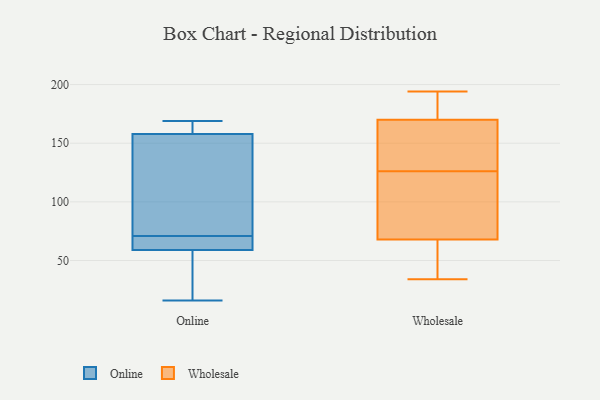
{"axis": {"x": "Shipments", "y": "Value"}, "legend": ["Online", "Wholesale"], "data": [{"x": "", "y": 71, "type": "Online"}, {"x": "", "y": 157, "type": "Online"}, {"x": "", "y": 160, "type": "Online"}, {"x": "", "y": 113, "type": "Online"}, {"x": "", "y": 16, "type": "Online"}, {"x": "", "y": 16, "type": "Online"}, {"x": "", "y": 65, "type": "Online"}, {"x": "", "y": 59, "type": "Online"}, {"x": "", "y": 102, "type": "Online"}, {"x": "", "y": 168, "type": "Online"}, {"x": "", "y": 169, "type": "Online"}, {"x": "", "y": 65, "type": "Online"}, {"x": "", "y": 59, "type": "Online"}, {"x": "", "y": 189, "type": "Wholesale"}, {"x": "", "y": 131, "type": "Wholesale"}, {"x": "", "y": 121, "type": "Wholesale"}, {"x": "", "y": 106, "type": "Wholesale"}, {"x": "", "y": 64, "type": "Wholesale"}, {"x": "", "y": 68, "type": "Wholesale"}, {"x": "", "y": 61, "type": "Wholesale"}, {"x": "", "y": 174, "type": "Wholesale"}, {"x": "", "y": 34, "type": "Wholesale"}, {"x": "", "y": 170, "type": "Wholesale"}, {"x": "", "y": 133, "type": "Wholesale"}, {"x": "", "y": 116, "type": "Wholesale"}, {"x": "", "y": 134, "type": "Wholesale"}, {"x": "", "y": 184, "type": "Wholesale"}, {"x": "", "y": 56, "type": "Wholesale"}, {"x": "", "y": 111, "type": "Wholesale"}, {"x": "", "y": 194, "type": "Wholesale"}, {"x": "", "y": 151, "type": "Wholesale"}]}